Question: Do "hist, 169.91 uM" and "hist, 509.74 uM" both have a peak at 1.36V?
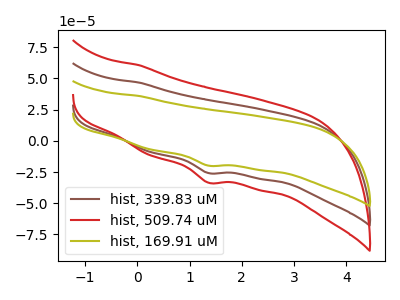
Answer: <think>The brown curve "hist, 339.83 uM" has a cathodic peak at: (1.35V, -25.85uA). The red curve "hist, 509.74 uM" has a cathodic peak at: (1.35V, -51.65uA). The olive curve "hist, 169.91 uM" has a cathodic peak at: (1.35V, -19.90uA).</think>
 <answer>Yes, "hist, 169.91 uM" and "hist, 509.74 uM" share a peak at 1.36V.</answer>
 <eval>match</eval>